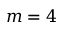
m = 4